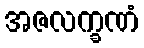
အဇလက္ခဏံ